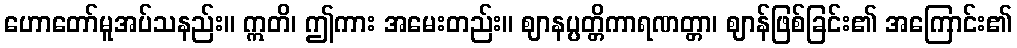
ဟောတော်မူအပ်သနည်း။ ဣတိ၊ ဤကား အမေးတည်း။ ဈာနပ္ပတ္တိကာရဏတ္တာ၊ ဈာန်ဖြစ်ခြင်း၏ အကြောင်း၏